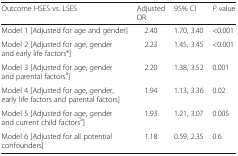
<table><thead><tr><td><b>Outcome HSES vs. LSES</b></td><td><b>Adjusted OR</b></td><td><b>95% CI</b></td><td><b><i>P</i> value</b></td></tr></thead><tbody><tr><td>Model 1 [Adjusted for age and gender]</td><td>2.40</td><td>1.70, 3.40</td><td>&lt;0.001</td></tr><tr><td>Model 2 [Adjusted for age, gender and early life factors*]</td><td>2.23</td><td>1.45, 3.45</td><td>&lt;0.001</td></tr><tr><td>Model 3 [Adjusted for age, gender and parental factors<sup>a</sup>]</td><td>2.20</td><td>1.38, 3.52</td><td>0.001</td></tr><tr><td>Model 4 [Adjusted for age, gender, early life factors and parental factors]</td><td>1.94</td><td>1.13, 3.36</td><td>0.02</td></tr><tr><td>Model 5 [Adjusted for age, gender and current child factors<sup>a</sup>]</td><td>1.93</td><td>1.21, 3.07</td><td>0.005</td></tr><tr><td>Model 6 [Adjusted for all potential confounders]</td><td>1.18</td><td>0.59, 2.35</td><td>0.6</td></tr></tbody></table>